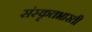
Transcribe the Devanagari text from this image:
संस्कृतभारती